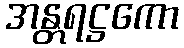
အန္တရဋ္ဌကော